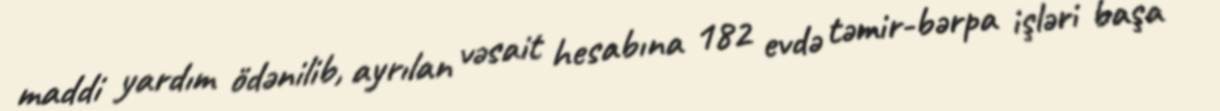
maddi yardım ödənilib, ayrılan vəsait hesabına 182 evdə təmir-bərpa işləri başa